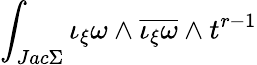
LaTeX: \int_{Jac\Sigma}\iota_{\xi}\omega\wedge\overline{{{\iota_{\xi}\omega}}}\wedge t^{r-1}